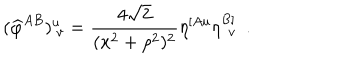
( { \widehat \varphi } ^ { A B } ) _ { ~ v } ^ { u } = { \frac { 4 \sqrt { 2 } } { ( x ^ { 2 } + \rho ^ { 2 } ) ^ { 2 } } } \eta ^ { [ A u } \eta _ { ~ \, v } ^ { B ] } ~ ~ .